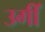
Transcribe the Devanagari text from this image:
उगीं